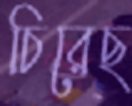
চিরেছ